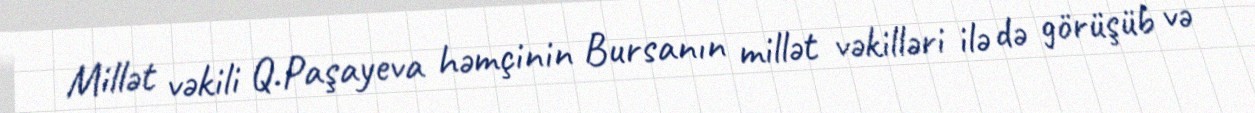
Millət vəkili Q.Paşayeva həmçinin Bursanın millət vəkilləri ilə də görüşüb və